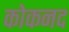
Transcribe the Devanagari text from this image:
कोकनद